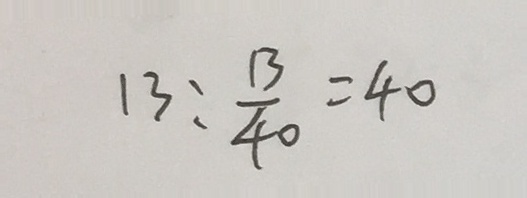
1 3 : \frac { 1 3 } { 4 0 } = 4 0